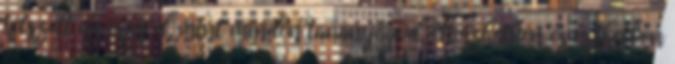
tetszett az írásod, mint minden tananyagod, élvezhetően és érthetően